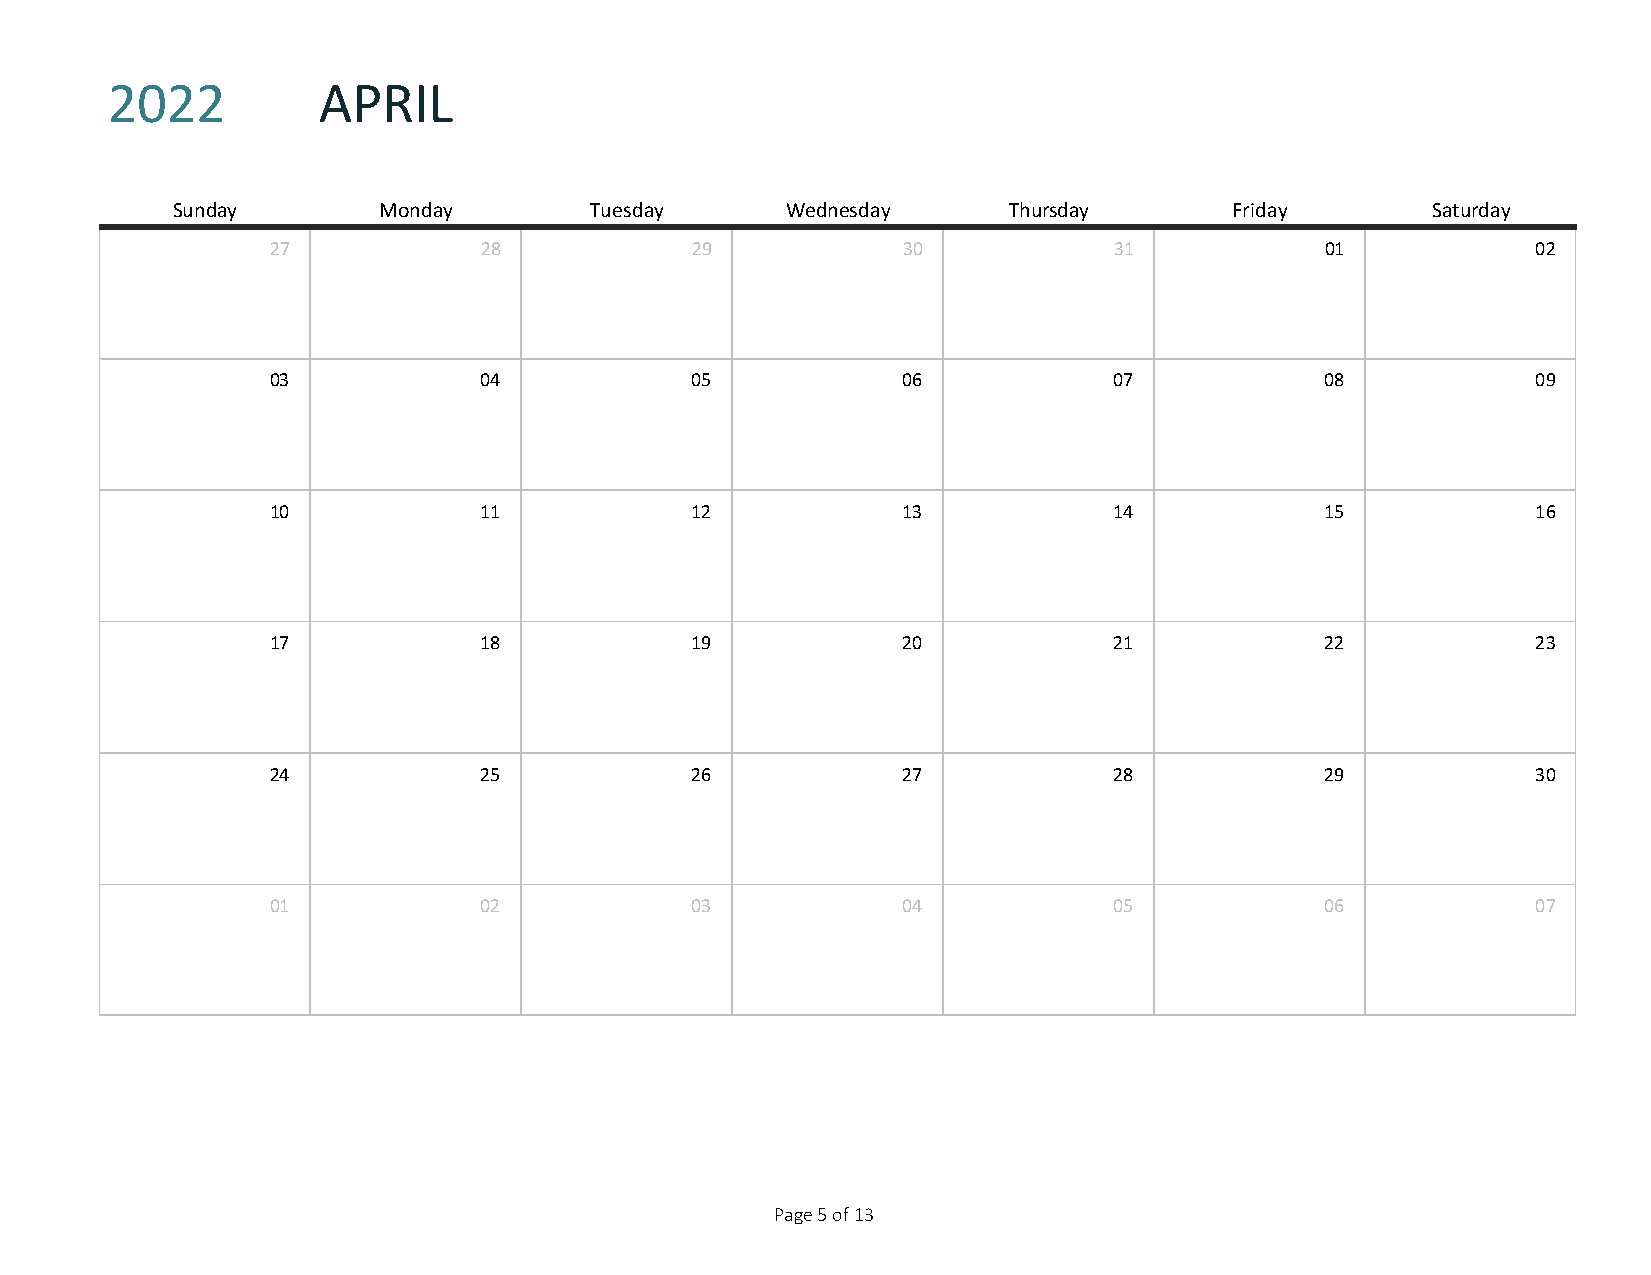
2022          APRIL
 SUNDAY
 Sunday        Monday        Tuesday      Wednesday      Thursday       Friday       Saturday
 27            28            29            30            31            01            02
 03            04            05            06            07            08            09
 10            11            12            13            14            15            16
 17            18            19            20            21            22            23
 24            25            26            27            28            29            30
 01            02            03            04            05            06            07
 Page 5 of 13